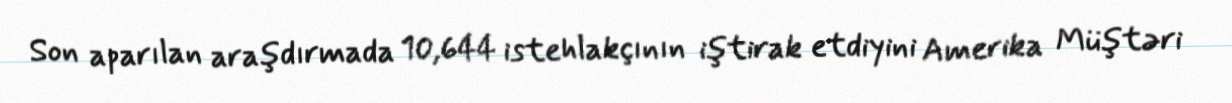
Son aparılan araşdırmada 10,644 istehlakçının iştirak etdiyini Amerika Müştəri